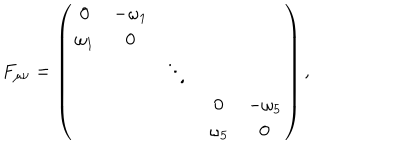
F _ { \mu \nu } = \left( \begin{array} { c c c c c } { { 0 } } & { { - \omega _ { 1 } } } & { { } } & { { } } & { { } } \\ { { \omega _ { 1 } } } & { { 0 } } & { { } } & { { } } & { { } } \\ { { } } & { { } } & { { \ddots } } & { { } } & { { } } \\ { { } } & { { } } & { { } } & { { 0 } } & { { - \omega _ { 5 } } } \\ { { } } & { { } } & { { } } & { { \omega _ { 5 } } } & { { 0 } } \\ \end{array} \right) ,